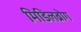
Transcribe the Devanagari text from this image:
मिडिलब्रोग